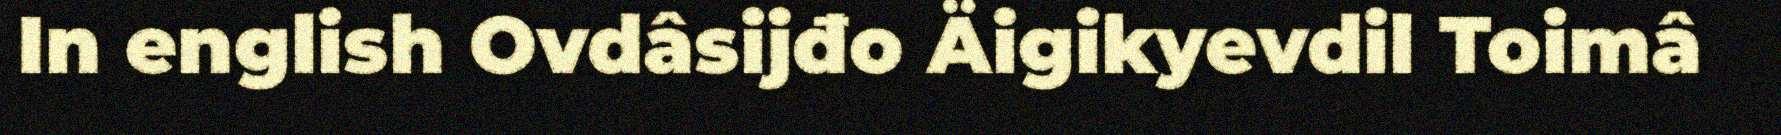
In english Ovdâsijđo Äigikyevdil Toimâ